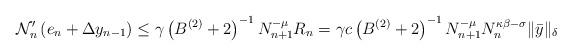
LaTeX: \begin{align*}\mathcal{N}_{n}^{\prime}\left( e_{n}+\Delta y_{n-1}\right) \leq\gamma\left(B^{\left( 2\right) }+2\right) ^{-1}N_{n+1}^{-\mu}R_{n}=\gamma c\left(B^{\left( 2\right) }+2\right) ^{-1}N_{n+1}^{-\mu}N_{n}^{\kappa\beta-\sigma}\Vert\bar{y}\Vert_{\delta} \end{align*}